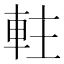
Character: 軴